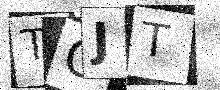
Text: TOJT